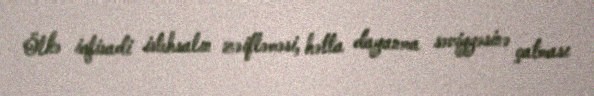
Ölkə iqtisadi istehsalın zəifləməsi, hətta dayanma səviyyəsinə çatması